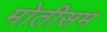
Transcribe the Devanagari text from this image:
मोतीसम